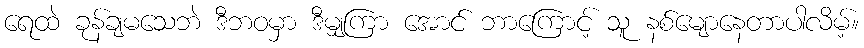
ရေထဲ ခုန်ချမသေဘဲ ဒီဘဝမှာ ဒီမျှကြာ အောင် ဘာကြောင့် သူ နစ်မျောနေတာပါလိမ့်။